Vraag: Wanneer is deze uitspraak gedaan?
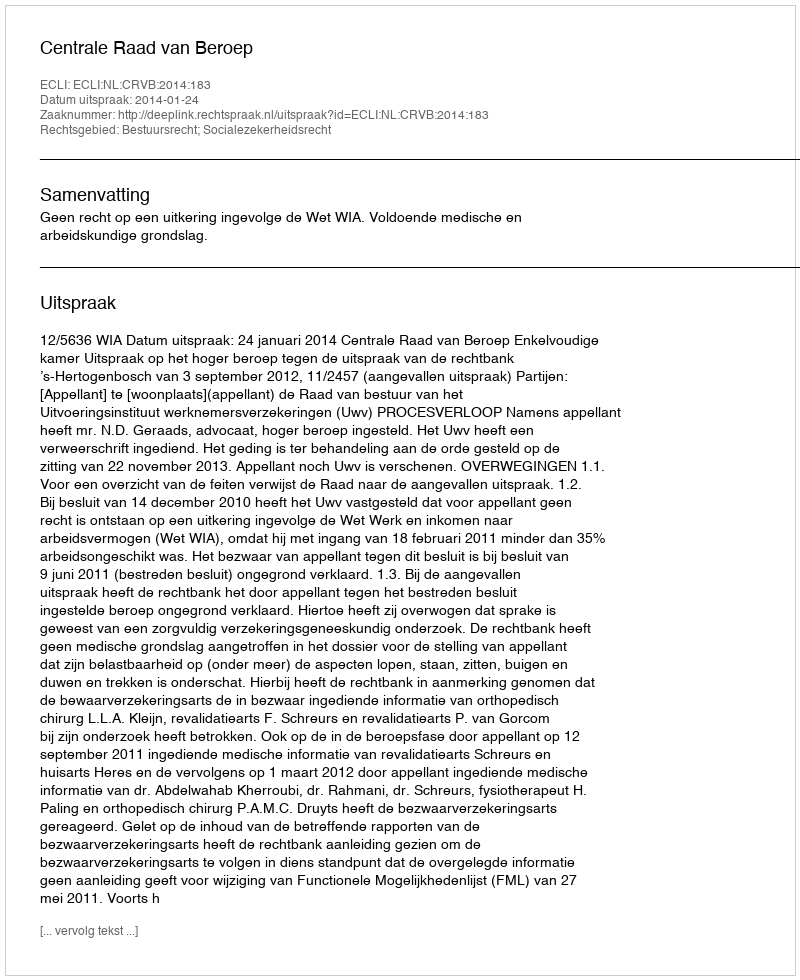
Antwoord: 2014-01-24